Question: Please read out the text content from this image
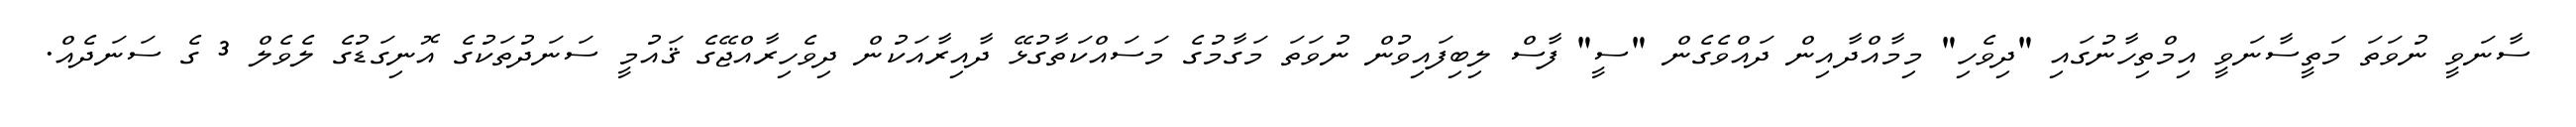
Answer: ސާނަވީ ނުވަތަ މަތީސާނަވީ އިމްތިހާނުގައި "ދިވެހި" މިމާއްދާއިން ދައްވެގެން "ސީ" ފާސް ލިބިފައިވުން ނުވަތަ މަގާމުގެ މަސައްކަތާގުޅޭ ދާއިރާއަކުން ދިވެހިރާއްޖޭގެ ޤައުމީ ސަނަދުތަކުގެ އޮނިގަޑުގެ ލެވެލް 3 ގެ ސަނަދެއް.